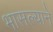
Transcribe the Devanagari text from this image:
भासल्याने